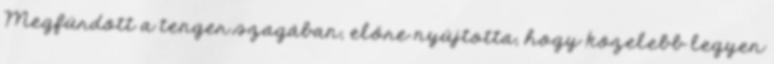
Megfürdött a tenger szagában, előre nyújtotta, hogy közelebb legyen